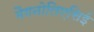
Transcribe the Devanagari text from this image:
मैगनोलिएसिई